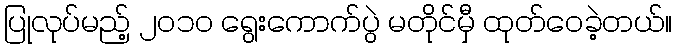
ပြုလုပ်မည့် ၂၀၁၀ ရွေးကောက်ပွဲ မတိုင်မှီ ထုတ်ဝေခဲ့တယ်။